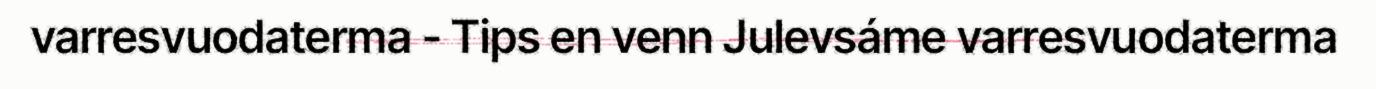
varresvuodaterma - Tips en venn Julevsáme varresvuodaterma